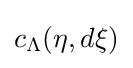
c_{\Lambda }(\eta ,d\xi )